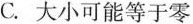
C.大小可能等于零